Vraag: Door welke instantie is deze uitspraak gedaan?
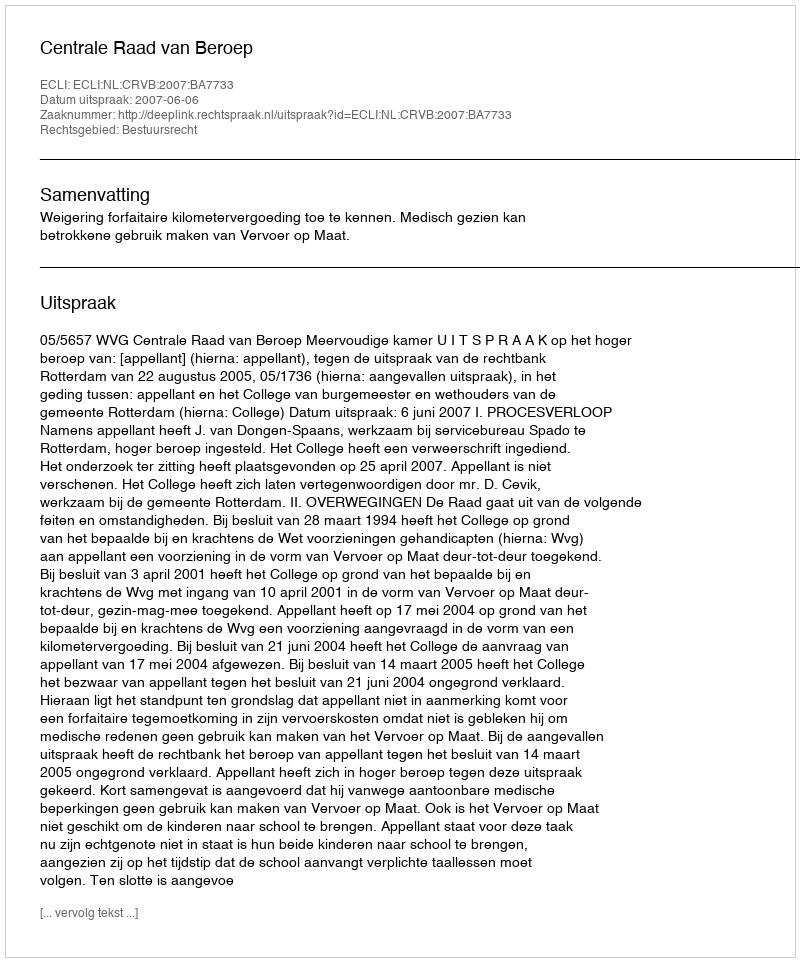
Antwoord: Centrale Raad van Beroep